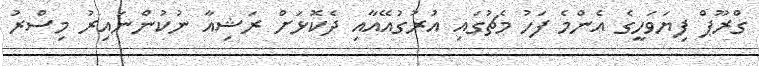
ގްރޫޕް ފިޔަވަހީގެ އެންމެ ފަހު މެޗުގައި އުރުގުއޭއާއި ދެކޮޅަށް ރަޝިއާ ނުކުންނައިރު މިސްރު